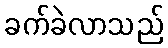
ခက်ခဲလာသည်